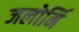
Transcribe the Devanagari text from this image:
जलोर्मि